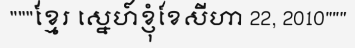
"""ខ្មែរ ស្នេហ៍ខ្ញុំខែសីហា 22, 2010"""